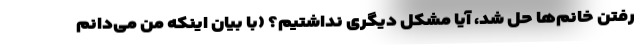
رفتن خانم‌ها حل شد، آیا مشکل دیگری نداشتیم؟ (با بیان اینکه من می‌دانم